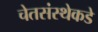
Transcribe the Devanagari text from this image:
चेतसंस्थेकडे